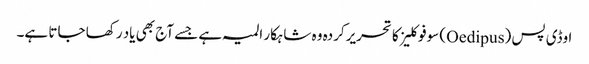
اوڈی پس (Oedipus) سوفوکلیز کا تحریرکردہ وہ شاہکار المیہ ہے جسے آج بھی یاد رکھا جاتا ہے۔